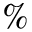
\%